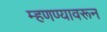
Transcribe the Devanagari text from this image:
म्हणण्यावरून